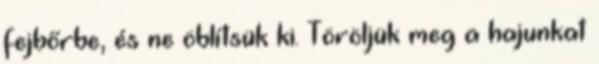
fejbőrbe, és ne öblítsük ki. Töröljük meg a hajunkat